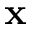
\mathbf { x }